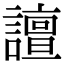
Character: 譠